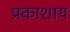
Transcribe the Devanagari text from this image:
प्रकाशाय